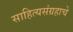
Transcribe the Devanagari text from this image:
साहित्यसंग्रहाचे